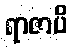
ရာဇာပိ